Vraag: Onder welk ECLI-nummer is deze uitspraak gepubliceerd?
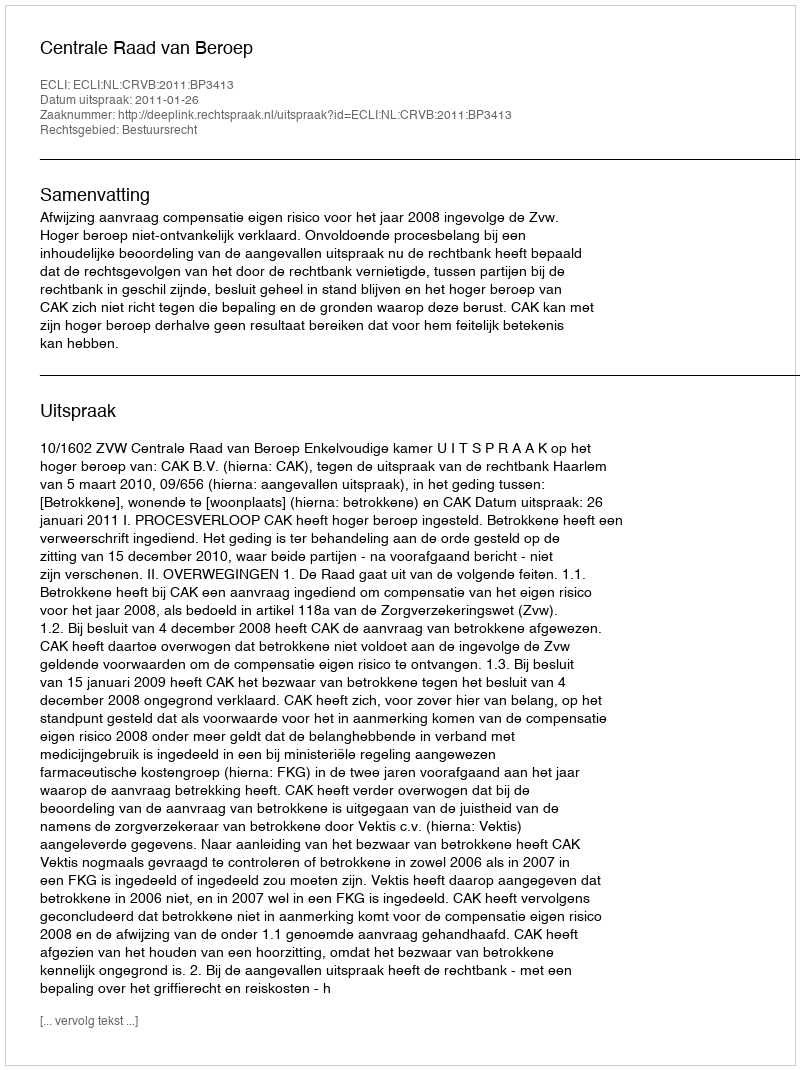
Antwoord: ECLI:NL:CRVB:2011:BP3413